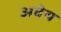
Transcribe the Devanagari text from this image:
अबेय